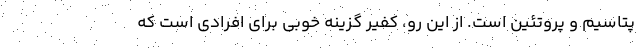
پتاسیم و پروتئین است. از این رو، کفیر گزینه خوبی برای افرادی است که